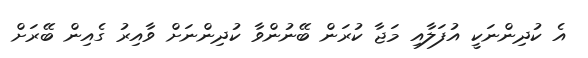
އެ ކުދިންނަކީ އުފަލާއި މަޖާ ކުރަން ބޭނުންވާ ކުދިންނަށް ވާއިރު ގެއިން ބޭރަށް